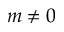
m \ne 0